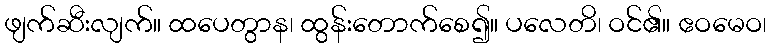
ဖျက်ဆီးလျက်။ ထပေတွာန၊ ထွန်းတောက်စေ၍။ ပလေတိ၊ ဝင်၏။ ဧဝမေဝ၊